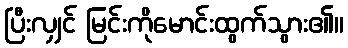
ပြီးလျှင် မြင်းကိုမောင်းထွက်သွား၏။